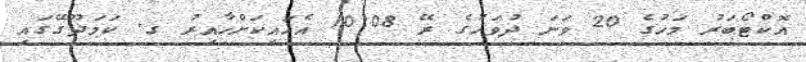
އޮކްޓޯބަރު މަހުގެ 20 ވަނަ ދުވަހުގެ ރޭ 10:08 އެހައިކަށްހާއިރު ގ. ކަމަދޫގޭގައި